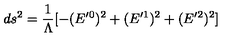
d s ^ { 2 } = \frac { 1 } { \Lambda } [ - ( E ^ { \prime \mathrm { } 0 } ) ^ { 2 } + ( E ^ { \prime \mathrm { } 1 } ) ^ { 2 } + ( E ^ { \prime \mathrm { } 2 } ) ^ { 2 } ]